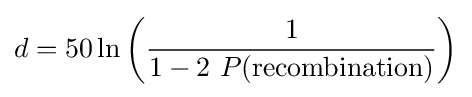
d=50\ln \left({\frac {1}{1-2\ P({\text{recombination}})}}\right)